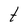
Character: t